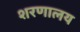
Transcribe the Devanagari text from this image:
शरणालय